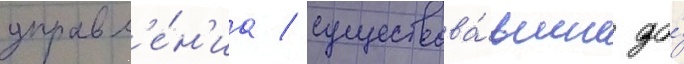
управл'е́н'иа / существова́вшие до́